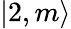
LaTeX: |2,m\rangle